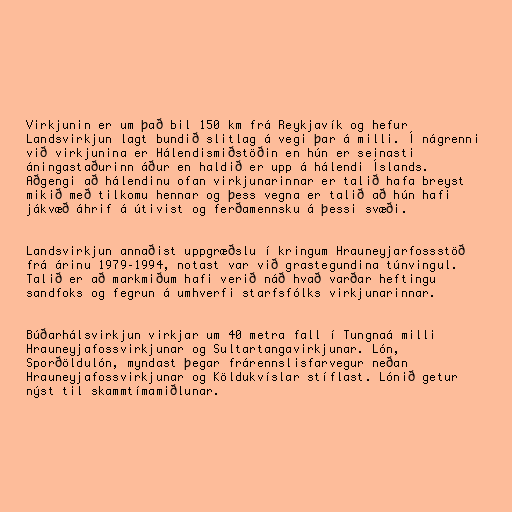
Virkjunin er um það bil 150 km frá Reykjavík og hefur
Landsvirkjun lagt bundið slitlag á vegi þar á milli. Í nágrenni
við virkjunina er Hálendismiðstöðin en hún er seinasti
áningastaðurinn áður en haldið er upp á hálendi Íslands.
Aðgengi að hálendinu ofan virkjunarinnar er talið hafa breyst
mikið með tilkomu hennar og þess vegna er talið að hún hafi
jákvæð áhrif á útivist og ferðamennsku á þessi svæði.

Landsvirkjun annaðist uppgræðslu í kringum Hrauneyjarfossstöð
frá árinu 1979–1994, notast var við grastegundina túnvingul.
Talið er að markmiðum hafi verið náð hvað varðar heftingu
sandfoks og fegrun á umhverfi starfsfólks virkjunarinnar.

Búðarhálsvirkjun virkjar um 40 metra fall í Tungnaá milli
Hrauneyjafossvirkjunar og Sultartangavirkjunar. Lón,
Sporðöldulón, myndast þegar frárennslisfarvegur neðan
Hrauneyjafossvirkjunar og Köldukvíslar stíflast. Lónið getur
nýst til skammtímamiðlunar.